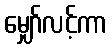
မျှော်လင့်ကာ